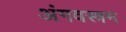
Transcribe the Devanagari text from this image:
अंगवस्त्रम